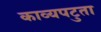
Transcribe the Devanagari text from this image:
काव्यपटुता